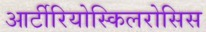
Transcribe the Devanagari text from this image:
आर्टीरियोस्किलरोसिस